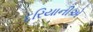
દરિયાનીએ